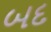
બદ